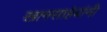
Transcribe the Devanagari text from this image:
खानसाहेबांनी